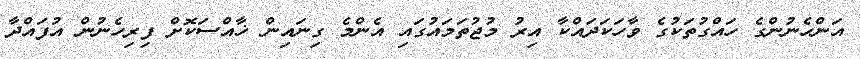
އަންހެނުންގެ ހައްގުތަކުގެ ވާހަކަދައްކާ އިރު މުޖުތަމައުގައި އެންމެ ގިނައިން ޚާއްސަކޮށް ފިރިހެނުން އުފައްދާ